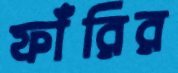
ফাঁরির